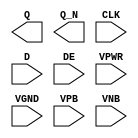
module sky130_fd_sc_ls__edfxbp (
    Q   ,
    Q_N ,
    CLK ,
    D   ,
    DE  ,
    VPWR,
    VGND,
    VPB ,
    VNB
);

    output Q   ;
    output Q_N ;
    input  CLK ;
    input  D   ;
    input  DE  ;
    input  VPWR;
    input  VGND;
    input  VPB ;
    input  VNB ;
endmodule